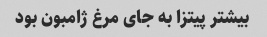
بیشتر پیتزا به جای مرغ ژامبون بود